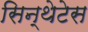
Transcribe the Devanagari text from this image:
सिन्थेटेस